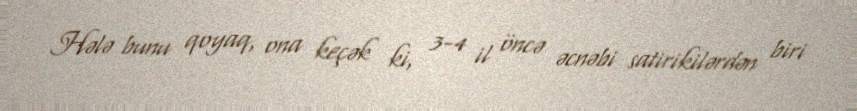
Hələ bunu qoyaq, ona keçək ki, 3-4 il öncə əcnəbi satirikilərdən biri